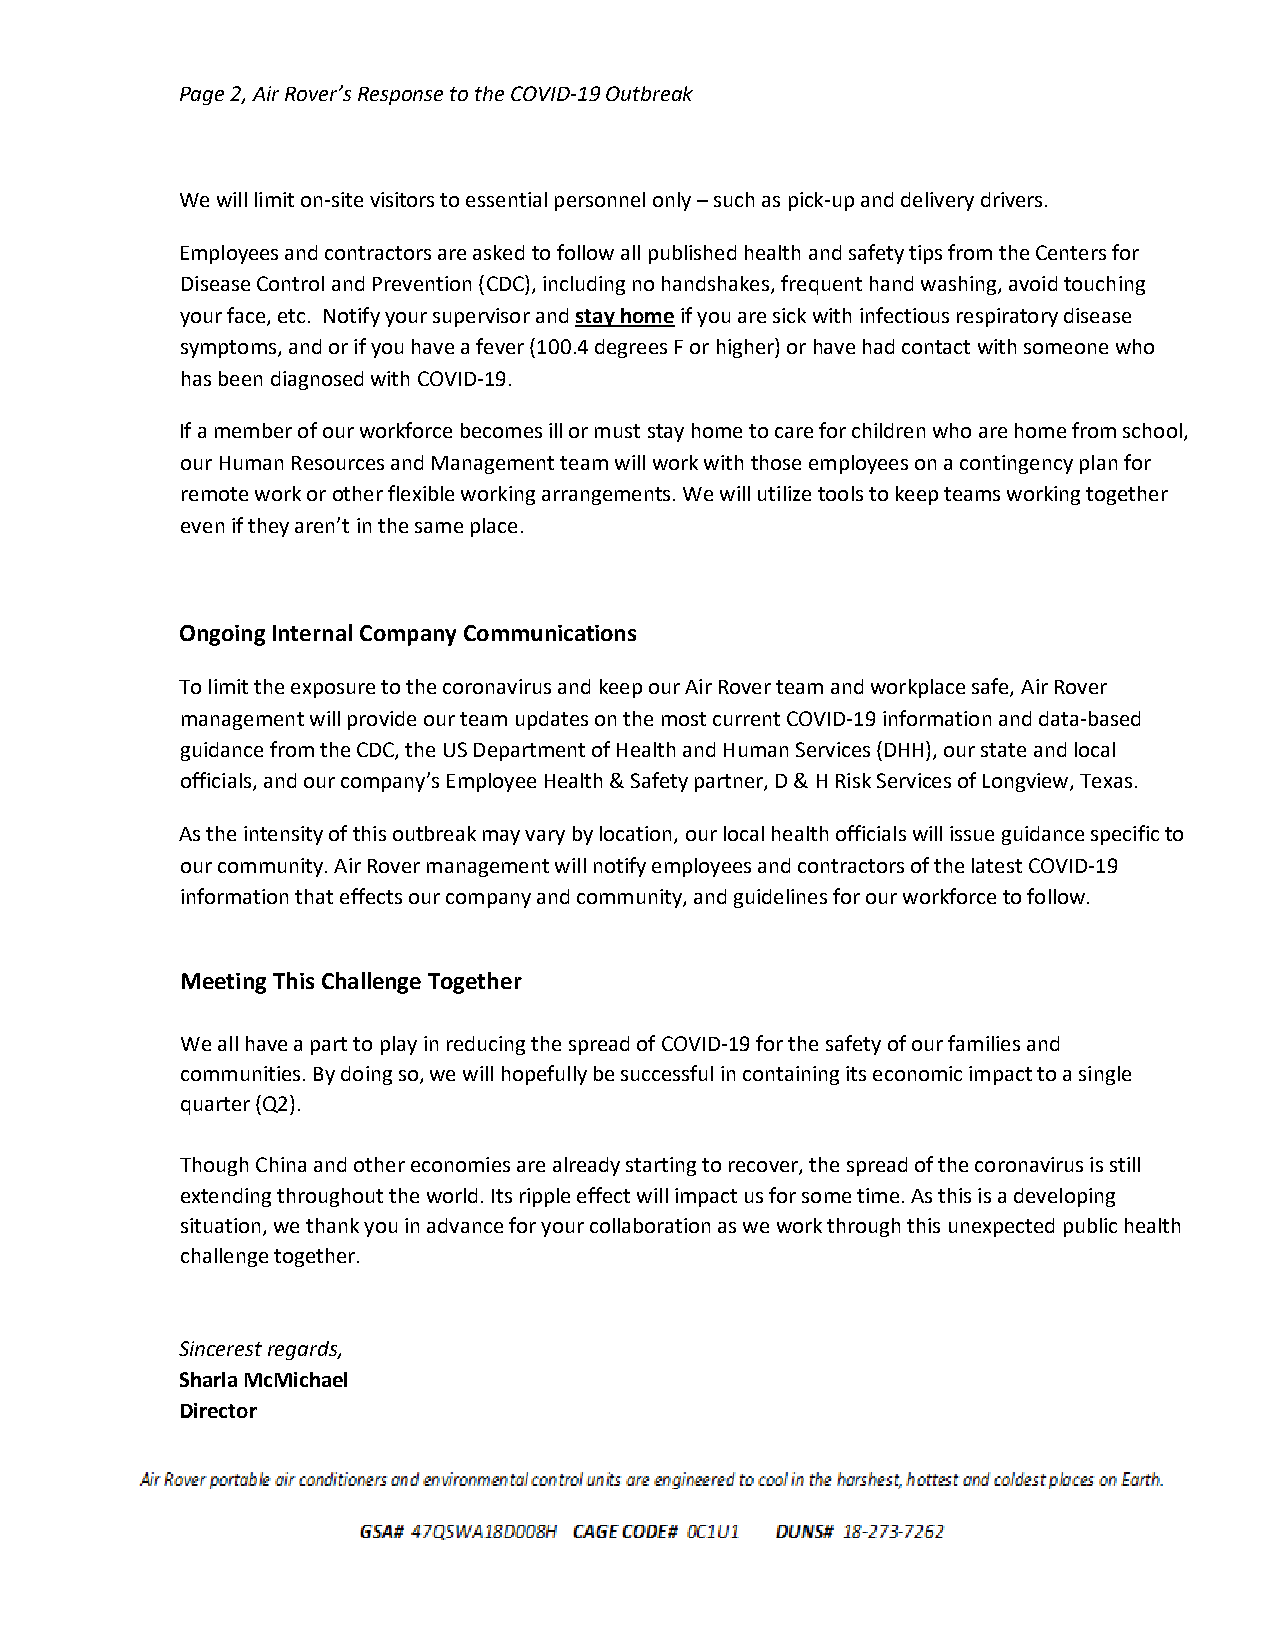
Page 2, Air Rover’s Response to the COVID-19 Outbreak
 We will limit on-site visitors to essential personnel only – such as pick-up and delivery drivers.
 Employees and contractors are asked to follow all published health and safety tips from the Centers for
 Disease Control and Prevention (CDC), including no handshakes, frequent hand washing, avoid touching
 your face, etc. Notify your supervisor and stay home if you are sick with infectious respiratory disease
 symptoms, and or if you have a fever (100.4 degrees F or higher) or have had contact with someone who
 has been diagnosed with COVID-19.
 If a member of our workforce becomes ill or must stay home to care for children who are home from school,
 our Human Resources and Management team will work with those employees on a contingency plan for
 remote work or other flexible working arrangements. We will utilize tools to keep teams working together
 even if they aren’t in the same place.
 Ongoing Internal Company Communications
 To limit the exposure to the coronavirus and keep our Air Rover team and workplace safe, Air Rover
 management will provide our team updates on the most current COVID-19 information and data-based
 guidance from the CDC, the US Department of Health and Human Services (DHH), our state and local
 officials, and our company’s Employee Health & Safety partner, D & H Risk Services of Longview, Texas.
 As the intensity of this outbreak may vary by location, our local health officials will issue guidance specific to
 our community. Air Rover management will notify employees and contractors of the latest COVID-19
 information that effects our company and community, and guidelines for our workforce to follow.
 Meeting This Challenge Together
 We all have a part to play in reducing the spread of COVID-19 for the safety of our families and
 communities. By doing so, we will hopefully be successful in containing its economic impact to a single
 quarter (Q2).
 Though China and other economies are already starting to recover, the spread of the coronavirus is still
 extending throughout the world. Its ripple effect will impact us for some time. As this is a developing
 situation, we thank you in advance for your collaboration as we work through this unexpected public health
 challenge together.
 Sincerest regards,
 Sharla McMichael
 Director